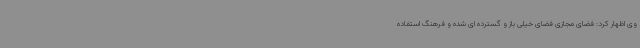
وی اظهار کرد: فضای مجازی فضای خیلی باز و گسترده ای شده و فرهنگ استفاده